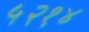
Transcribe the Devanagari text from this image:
५२१४